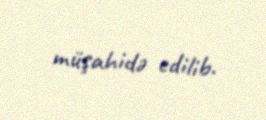
müşahidə edilib.